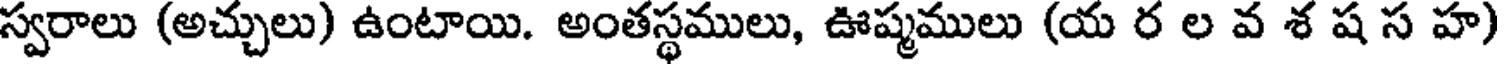
స్వరాలు (అచ్చులు) ఉంటాయి. అంతస్థములు, ఊష్మములు (య ర ల వ శ ష స హ)